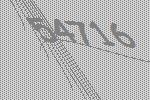
54716